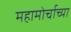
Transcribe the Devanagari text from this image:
महामोर्चाच्या